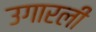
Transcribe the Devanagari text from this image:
उगारली